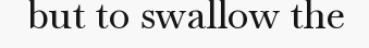
but to swallow the